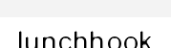
lunchhook